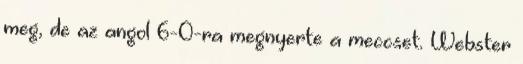
meg, de az angol 6-0-ra megnyerte a meccset. Webster